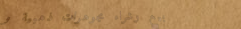
بيع وشراء مجوهرات ذهبية و